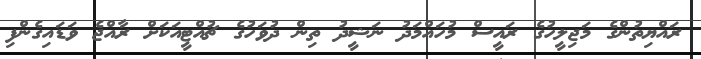
ރައްޔިތުންގެ މަޖިލީހުގެ ރައީސް މުހައްމަދު ނަޝީދު ތިން ދުވަހުގެ ޗުއްޓީއަކަށް ރާއްޖެ ވަޑައިގެންފި